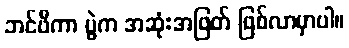
ဘင်ဖီကာ ပွဲက အဆုံးအဖြတ် ဖြစ်လာမှာပါ။